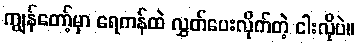
ကျွန်တော့်မှာ ရေကန်ထဲ လွှတ်ပေးလိုက်တဲ့ ငါးလိုပဲ။